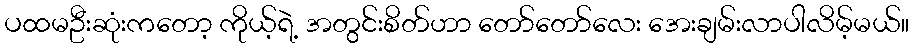
ပထမဦးဆုံးကတော့ ကိုယ့်ရဲ့ အတွင်းစိတ်ဟာ တော်တော်လေး အေးချမ်းလာပါလိမ့်မယ်။